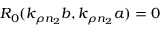
R _ { 0 } ( k _ { \rho n _ { 2 } } b , k _ { \rho n _ { 2 } } a ) = 0